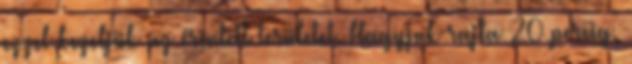
ezzel kezeljük az érintett területet. Hagyjuk rajta 20 percig,